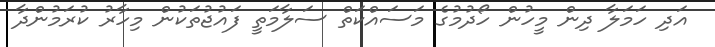
އަދި ހަމަލާ ދިން މީހުން ހޯދުމުގެ މަސައްކަތް ސަލާމަތީ ފައުޖުތަކުން މިހާރު ކުރަމުންދާ